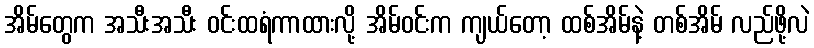
အိမ်တွေက အသီးအသီး ဝင်းထရံကာထားလို့ အိမ်ဝင်းက ကျယ်တော့ ထစ်အိမ်နဲ့ တစ်အိမ် လည်ဖို့လဲ